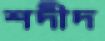
শদীদ